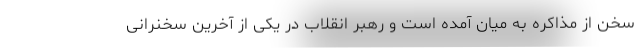
سخن از مذاکره به میان آمده است و رهبر انقلاب در یکی از آخرین سخنرانی